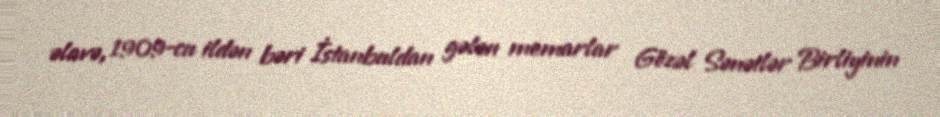
əlavə, 1909-cu ildən bəri İstanbuldan gələn memarlar Gözəl Sənətlər Birliyinin